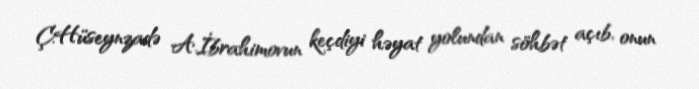
Ç.Hüseynzadə A.İbrahimovun keçdiyi həyat yolundan söhbət açıb, onun